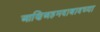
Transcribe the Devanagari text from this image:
आणिअहमदाबादच्या